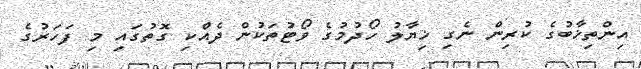
އިންތިޚާބުގެ ކުރިން ނެގި ޚިޔާލު ހޯދުމުގެ ވޯޓުތަކުން ދެއްކި ގޮތުގައި މި ފަހަރުގެ